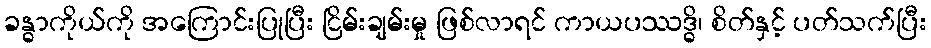
ခန္ဓာကိုယ်ကို အကြောင်းပြုပြီး ငြိမ်းချမ်းမှု ဖြစ်လာရင် ကာယပဿဒ္ဓိ၊ စိတ်နှင့် ပတ်သက်ပြီး